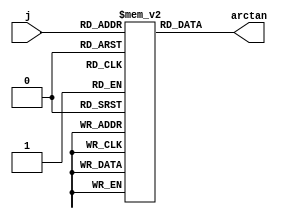
////////////////////////////////////////////////////////////////////////////////
// Description: Arctan Look-Up table for CORDIC Unit ( Q3.29 representation is chosen)
////////////////////////////////////////////////////////////////////////////////

module arctan_lookup #(parameter N = 32)
(
input [4:0] j,
output [N-1:0] arctan
);

reg [N-1:0] lookup_table[0:31];

initial
begin
	lookup_table[0]  <= 32'b000_11001001000011111101101010100;
	lookup_table[1]  <= 32'b000_01110110101100011001110000010;
	lookup_table[2]  <= 32'b000_00111110101101101110101111110;
	lookup_table[3]  <= 32'b000_00011111110101011011101010011;
	lookup_table[4]  <= 32'b000_00001111111110101010110111011;
	lookup_table[5]  <= 32'b000_00000111111111110101010101101;
	lookup_table[6]  <= 32'b000_00000011111111111110101010101;
	lookup_table[7]  <= 32'b000_00000001111111111111110101010;
	lookup_table[8]  <= 32'b000_00000000111111111111111110101;
	lookup_table[9]  <= 32'b000_00000000011111111111111111110;
	lookup_table[10] <= 32'b000_00000000001111111111111111111;
	lookup_table[11] <= 32'b000_00000000000111111111111111111;
	lookup_table[12] <= 32'b000_00000000000011111111111111111;
	lookup_table[13] <= 32'b000_00000000000000111111111111111;
	lookup_table[14] <= 32'b000_00000000000000011111111111111;
	lookup_table[15] <= 32'b000_00000000000000001111111111111;
	lookup_table[16] <= 32'b000_00000000000000000111111111111;
	lookup_table[17] <= 32'b000_00000000000000000011111111111;
	lookup_table[18] <= 32'b000_00000000000000000001111111111;
	lookup_table[19] <= 32'b000_00000000000000000000111111111;
	lookup_table[20] <= 32'b000_00000000000000000000011111111;
	lookup_table[21] <= 32'b000_00000000000000000000001111111;
	lookup_table[22] <= 32'b000_00000000000000000000000111111;
	lookup_table[23] <= 32'b000_00000000000000000000000011111;
	lookup_table[24] <= 32'b000_00000000000000000000000001111;
	lookup_table[25] <= 32'b000_00000000000000000000000000111;
	lookup_table[26] <= 32'b000_00000000000000000000000000011;
	lookup_table[27] <= 32'b000_00000000000000000000000000001;
	lookup_table[28] <= 32'b000_00000000000000000000000000000;
end

assign arctan = lookup_table[j];

endmodule